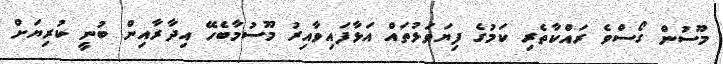
މޫސުން ގޯސްވެ ރައްކާތެރި ކަމުގެ ފިޔަވަޅުތައް އަޅާފައިވާއިރު މޫސުމާބެހޭ އިދާރާއިން ބުނީ ކުރިޔަށް